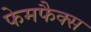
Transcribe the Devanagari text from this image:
फेमफैक्स